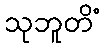
သုဘူတိံ